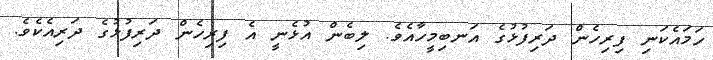
ހަމައެކަނި ފިރިހެން ދަރިފުޅުގެ އަނބިމީހާއެވެ. ލިބެން އުޅެނީ އެ ފިރިހެން ދަރިފުޅުގެ ދަރިއެކެވެ.